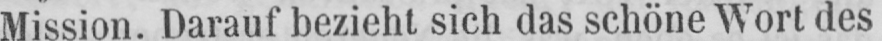
Mission. Darauf bezieht sich das schöne Wort des